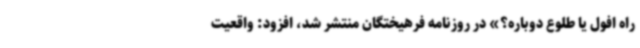
راه افول یا طلوع دوباره؟» در روزنامه فرهیختگان منتشر شد، افزود: واقعیت